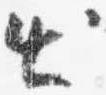
出